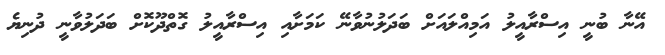
އޭނާ ބުނީ އިސްރާއީލު އަމިއްލައަށް ބަދަލުނުވާނޭ ކަމަށާއި އިސްރާއީލު ގޮތްދޫކޮށް ބަދަލުވާނީ ދުނިޔެ